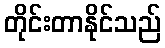
တိုင်းတာနိုင်သည်